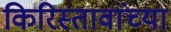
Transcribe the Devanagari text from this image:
किरिस्तावांच्या